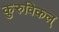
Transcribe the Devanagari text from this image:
कुरुविकल्